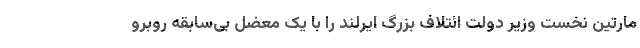
مارتین نخست وزیر دولت ائتلاف بزرگ ایرلند را با یک معضل بی‌سابقه روبرو